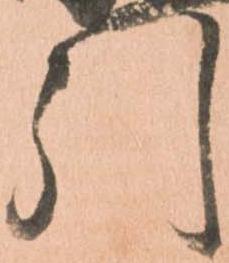
引